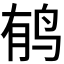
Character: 𲍳